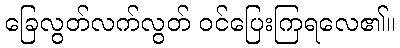
ခြေလွတ်လက်လွတ် ဝင်ပြေးကြရလေ၏။